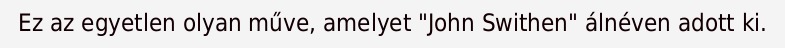
Ez az egyetlen olyan műve, amelyet "John Swithen" álnéven adott ki.